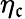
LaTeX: \eta_{\mathfrak{c}}